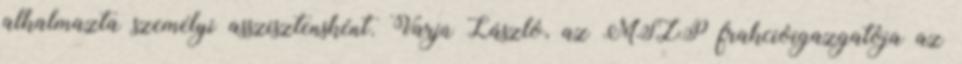
alkalmazta személyi asszisztensként. Varjú László, az MSZP frakcióigazgatója az